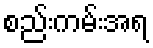
စည်းကမ်းအရ